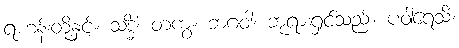
ရဟန်းတို့နှင့်။ သဒ္ဓိံ၊ တကွ။ ဘဂဝါ၊ ဘုရားရှင်သည်။ ပဝါရေသိ၊